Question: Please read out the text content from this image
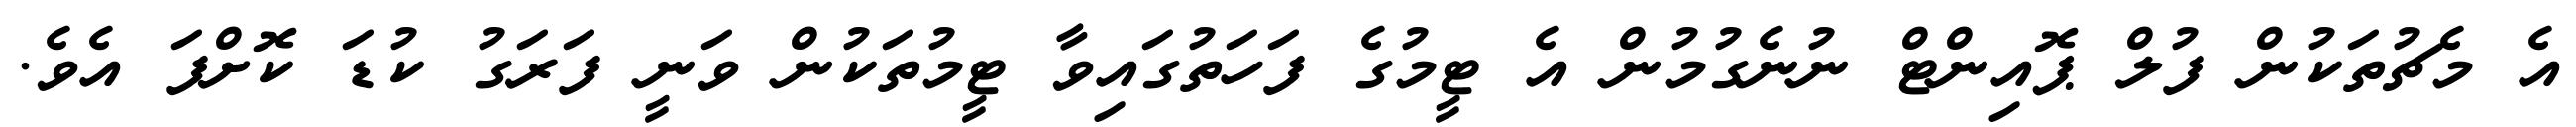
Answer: އެ މެޗުތަކުން ފުލް ޕޮއިންޓް ނުނެގުމުން އެ ޓީމުގެ ފަހަތުގައިވާ ޓީމުތަކުން ވަނީ ފަރަގު ކުޑަ ކޮށްފަ އެވެ.